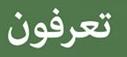
تعرفون